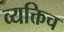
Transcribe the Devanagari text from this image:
व्यक्तिच